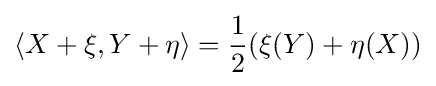
\langle X+\xi ,Y+\eta \rangle ={\frac {1}{2}}(\xi (Y)+\eta (X))